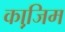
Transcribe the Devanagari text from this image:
का़जि़म